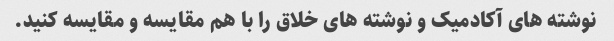
نوشته های آکادمیک و نوشته های خلاق را با هم مقایسه و مقایسه کنید.